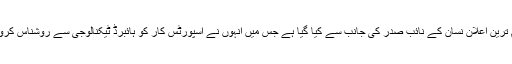
اس ضمن میں ایک اہم ترین اعلان نسان کے نائب صدر کی جانب سے کیا گیا ہے جس میں انہوں نے اسپورٹس کار کو ہائبرڈ ٹیکنالوجی سے روشناس کروانے کی بات کی ہے۔